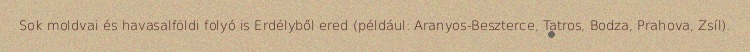
Sok moldvai és havasalföldi folyó is Erdélyből ered (például: Aranyos-Beszterce, Tatros, Bodza, Prahova, Zsíl).